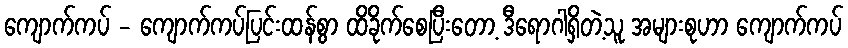
ကျောက်ကပ် - ကျောက်ကပ်ပြင်းထန်စွာ ထိခိုက်စေပြီးတော့ ဒီရောဂါရှိတဲ့သူ အများစုဟာ ကျောက်ကပ်